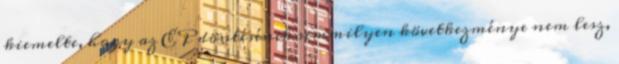
kiemelte, hogy az EP döntésének semmilyen következménye nem lesz,